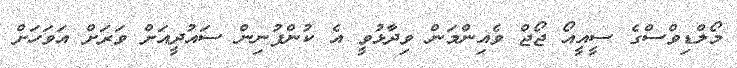
މޯލްޑިވްސްގެ ސީއީއޯ ޖޯޖް ވެއިންމަން ވިދާޅުވީ އެ ކުންފުނިން ސައުދީއަށް ވަރަށް އަވަހަށް